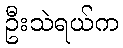
ဦးသဲရယ်က